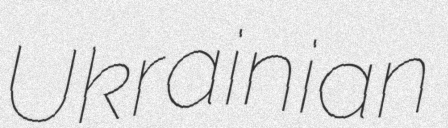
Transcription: Ukrainian